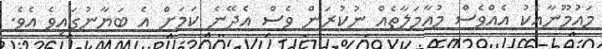
މައުމޫނާއެކު އެއްވެސް މުއާމަލާތެއް ނުކުރަން ވެސް އެދޭނެ ކަމަށް އެ ބަޔާނުގައިވެ އެވެ.